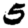
Digit: 5